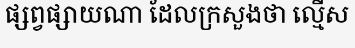
ផ្សព្វផ្សាយណា ដែលក្រសួងថា ល្មើស